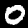
Digit: 0